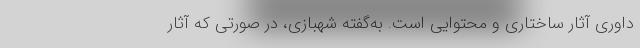
داوری آثار ساختاری و محتوایی است. به‌گفته شهبازی، در صورتی که آثار